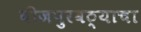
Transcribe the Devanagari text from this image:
वीजपुरवठ्याचा